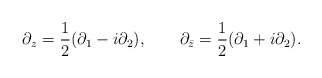
\begin{align*}\partial_z = \frac{1}{2} (\partial_1 - i \partial_2),\qquad \partial_{\bar z} =\frac{1}{2} (\partial_1 + i \partial_2). \end{align*}